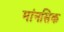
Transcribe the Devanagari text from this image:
मांनसिक